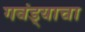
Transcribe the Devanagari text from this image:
गवंड्याचा